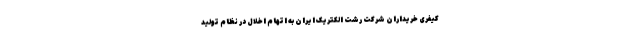
کیفری خریداران شرکت رشت الکتریک ایران به اتهام اخلال در نظام تولید